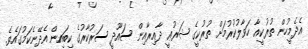
އެދެމީހުން ތުރުކީއާ ހަވާލުކުރުމަށް ތުރުކީގެ ޝަރުޢީ ދާއިރާއިން ސައޫދީ ސަރުކާރުގެ ކިބައިން އެދޭނެކަމުގައެވެ.